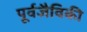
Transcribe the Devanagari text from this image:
पूर्वजैविकी